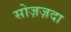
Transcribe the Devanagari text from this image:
सोज़ज़दा